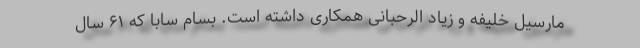
مارسیل خلیفه و زیاد الرحبانی همکاری داشته است. بسام سابا که ۶۱ سال